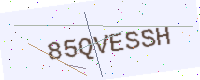
Text: 85QVESSH